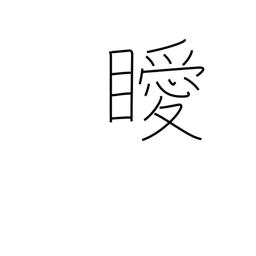
Meaning: unclear